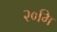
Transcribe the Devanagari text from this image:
२०मि